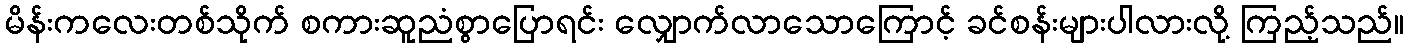
မိန်းကလေးတစ်သိုက် စကားဆူညံစွာပြောရင်း လျှောက်လာသောကြောင့် ခင်စန်းများပါလားလို့ ကြည့်သည်။